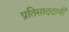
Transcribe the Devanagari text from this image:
प्रतिसाददायी